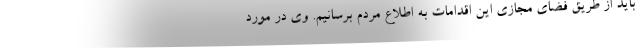
باید از طریق فضای مجازی این اقدامات به اطلاع مردم برسانیم. وی در مورد